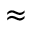
\approx